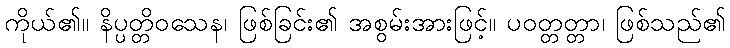
ကိုယ်၏။ နိပ္ပတ္တိဝသေန၊ ဖြစ်ခြင်း၏ အစွမ်းအားဖြင့်။ ပဝတ္တတ္တာ၊ ဖြစ်သည်၏